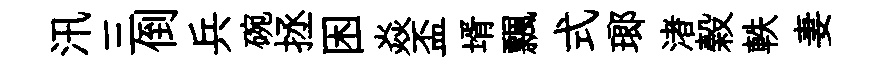
汛三倒兵碗拯困焱盃壻飄式瑯渚榖軼妻